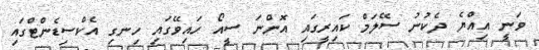
ވަނީ އިއްޔެ ދެކުނު ސޭލަމް ކައިރީގައި އޮންނަ ސީއޯ ހައިވޭގައި ހިނގި އެކްސިޑެންޓްގައި